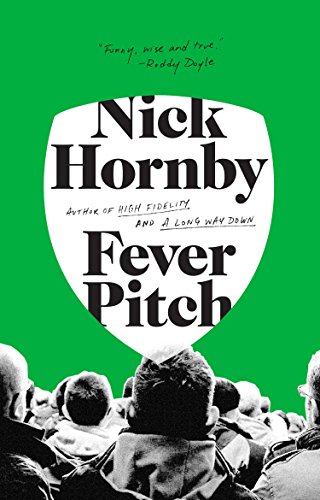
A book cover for Fever Pitch; Nick Hornby; Biographies & Memoirs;